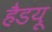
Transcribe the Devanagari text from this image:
हैडयू